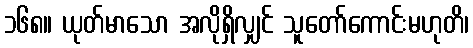
၁၆၈။ ယုတ်မာသော အလိုရှိလျှင် သူတော်ကောင်းမဟုတိ၊